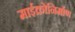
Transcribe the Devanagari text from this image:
माईक्रोनिर्माण